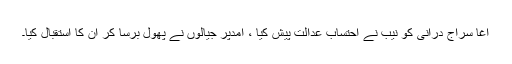
آغا سراج درانی کو نیب نے احتساب عدالت پیش کیا ، آمدپر جیالوں نے پھول برسا کر ان کا استقبال کیا۔